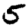
Digit: 5